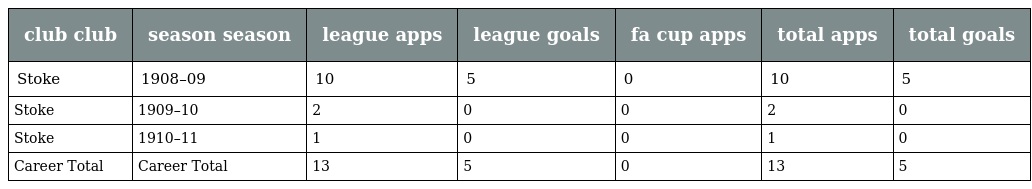
| club club | season season | league apps | league goals | fa cup apps | total apps | total goals |
 | --- | --- | --- | --- | --- | --- | --- |
 | Stoke | 1908–09 | 10 | 5 | 0 | 10 | 5 |
 | Stoke | 1909–10 | 2 | 0 | 0 | 2 | 0 |
 | Stoke | 1910–11 | 1 | 0 | 0 | 1 | 0 |
 | Career Total | Career Total | 13 | 5 | 0 | 13 | 5 |